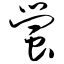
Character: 萤